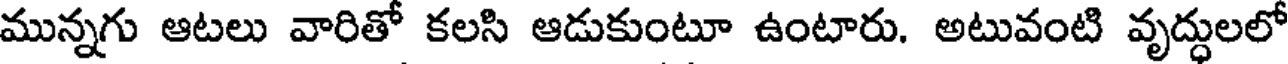
మున్నగు ఆటలు వారితో కలసి ఆడుకుంటూ ఉంటారు. అటువంటి వృద్ధులలో